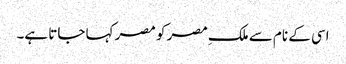
اسی کے نام سے ملکِ مصر کو مصر کہا جاتا ہے۔